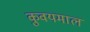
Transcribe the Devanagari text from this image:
कुवयमाल